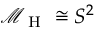
\mathcal { M } _ { \mathrm { ~ H ~ } } \cong S ^ { 2 }